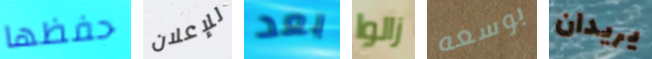
حفظها للإعلان بعد زالوا بوسعه يريدان